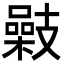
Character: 𢻥